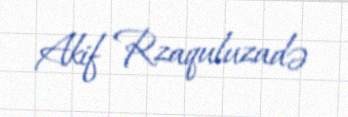
Akif Rzaquluzadə